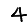
Digit: 4